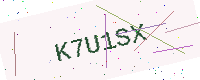
Text: K7U1SX